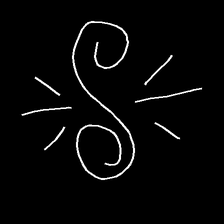
Glyph: wind-directs-air